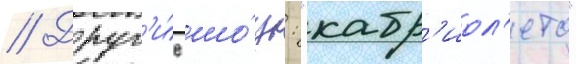
// Друг'и́е шо́у: "кабр'иол'ето"